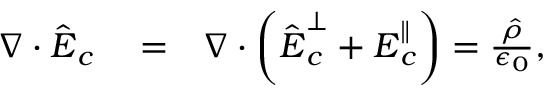
\begin{array} { r l r } { \boldsymbol \nabla \cdot \hat { \boldsymbol E } _ { c } } & { { } = } & { \boldsymbol \nabla \cdot \left( \hat { \boldsymbol E } _ { c } ^ { \perp } + { \boldsymbol E } _ { c } ^ { \parallel } \right) = \frac { \hat { \rho } } { \epsilon _ { 0 } } , } \end{array}